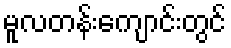
မူလတန်းကျောင်းတွင်